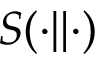
S ( \cdot \| \cdot )